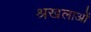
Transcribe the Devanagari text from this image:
श्रखलाओं